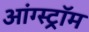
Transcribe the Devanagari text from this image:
आंग्स्ट्रॉम